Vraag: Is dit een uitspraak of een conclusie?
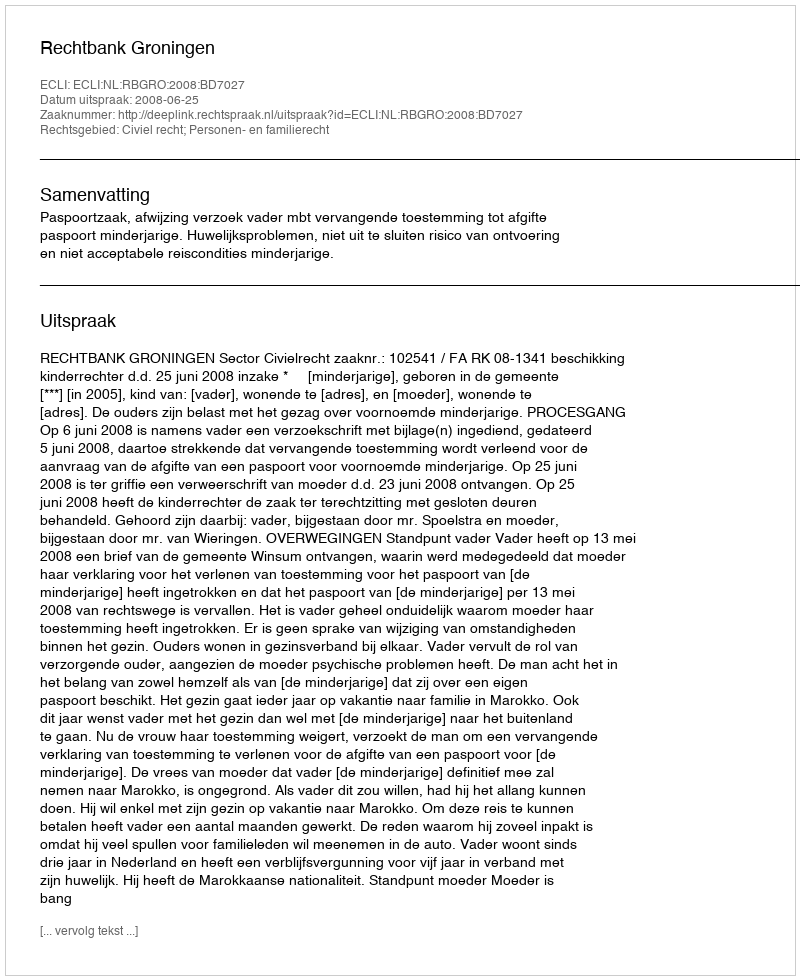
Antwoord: Uitspraak